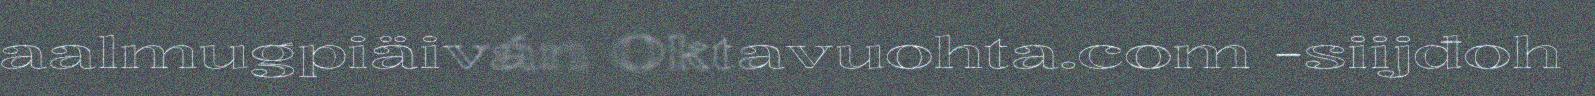
aalmugpiäiván Oktavuohta.com -siijđoh